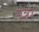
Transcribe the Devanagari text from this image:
नेत्र।